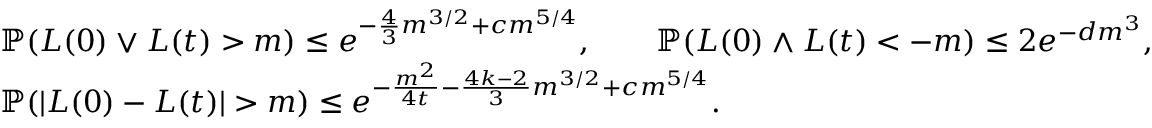
\begin{array} { r l } & { \mathbb { P } ( L ( 0 ) \vee L ( t ) > m ) \le e ^ { - \frac { 4 } { 3 } m ^ { 3 / 2 } + c m ^ { 5 / 4 } } , \qquad \mathbb { P } ( L ( 0 ) \wedge L ( t ) < - m ) \le 2 e ^ { - d m ^ { 3 } } , } \\ { \qquad } & { \mathbb { P } ( | L ( 0 ) - L ( t ) | > m ) \le e ^ { - \frac { m ^ { 2 } } { 4 t } - \frac { 4 k - 2 } { 3 } m ^ { 3 / 2 } + c m ^ { 5 / 4 } } . } \end{array}